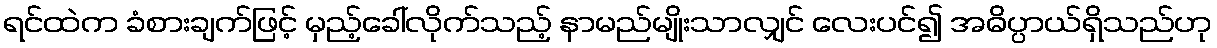
ရင်ထဲက ခံစားချက်ဖြင့် မှည့်ခေါ်လိုက်သည့် နာမည်မျိုးသာလျှင် လေးပင်၍ အဓိပ္ပာယ်ရှိသည်ဟု